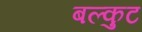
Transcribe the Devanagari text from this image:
बल्कुट